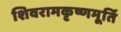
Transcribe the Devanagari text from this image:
शिवरामकृष्णमूर्ति